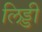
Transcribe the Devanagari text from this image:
लिड्डी